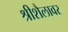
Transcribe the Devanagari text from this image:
श्रीशैलावर